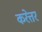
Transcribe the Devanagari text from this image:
करेत्तर